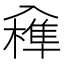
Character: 𠓼